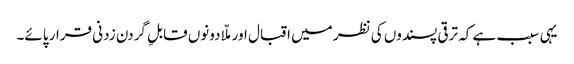
یہی سبب ہے کہ ترقی پسندوں کی نظر میں اقبال اور ملّا دونوں قابلِ گردن زدنی قرار پائے۔